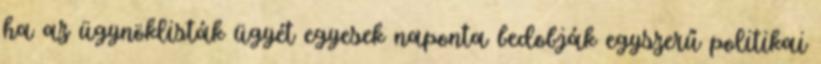
ha az ügynöklisták ügyét egyesek naponta bedobják egyszerű politikai